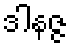
ဒါနဇ္ဇ